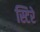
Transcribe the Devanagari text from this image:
स्टिरे